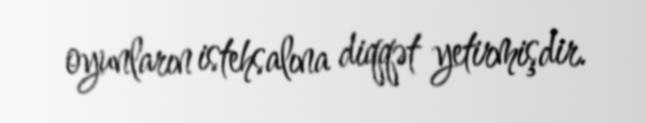
oyunların istehsalına diqqət yetirmişdir.